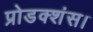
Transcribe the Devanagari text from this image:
प्रोडक्शंस।